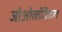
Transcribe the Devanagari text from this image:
जोओलॉजिकल